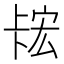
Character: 𫧲